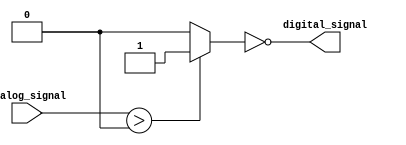
module Schmitt_trigger_inverter (
    input wire analog_signal,
    output reg digital_signal
);

reg schmitt_output;

assign schmitt_output = (analog_signal > 0) ? 1 : 0;
assign digital_signal = ~schmitt_output;

endmodule